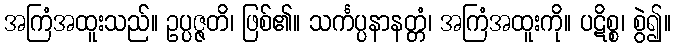
အကြံအထူးသည်။ ဥပ္ပဇ္ဇတိ၊ ဖြစ်၏။ သင်္ကပ္ပနာနတ္တံ၊ အကြံအထူးကို။ ပဋိစ္စ၊ စွဲ၍။